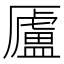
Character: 𠫂